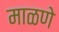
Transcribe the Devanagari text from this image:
माळणे